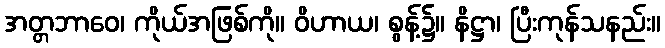
အတ္တဘာဝေ၊ ကိုယ်အဖြစ်ကို။ ဝိဟာယ၊ စွန့်၌။ နိဋ္ဌာ၊ ပြီးကုန်သနည်း။